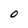
Character: O